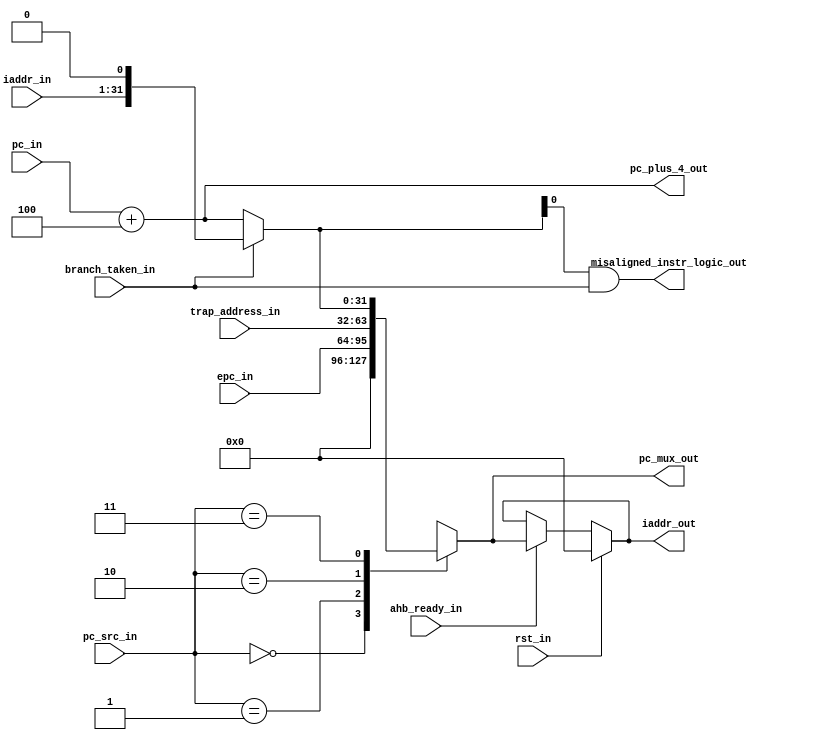
`timescale 1ns / 1ps
//////////////////////////////////////////////////////////////////////////////////
// Company: 
// Engineer: 
// 
// Design Name: 
// Module Name: msrv32_pc
// Project Name: 
// Target Devices: 
// Tool Versions: 
// Description: 
// 
// Dependencies: 
// 
// Revision:
// Revision 0.01 - File Created
// Additional Comments:
// 
//////////////////////////////////////////////////////////////////////////////////


module msrv32_pc(rst_in, pc_src_in, epc_in, trap_address_in,branch_taken_in,iaddr_in, ahb_ready_in,pc_in,iaddr_out,pc_plus_4_out,misaligned_instr_logic_out,pc_mux_out);
input rst_in;
input [1:0] pc_src_in;
input [31:0] epc_in;
input [31:0] trap_address_in;
input branch_taken_in;
input [30:0] iaddr_in;
input ahb_ready_in;
input [31:0] pc_in;


output [31:0] iaddr_out;
output [31:0] pc_plus_4_out;
output misaligned_instr_logic_out;
output reg [31:0] pc_mux_out;
//wire iaddr_in_concat;
reg [31:0] next_pc;
wire [31:0] muxtomux;
reg [31:0] boot_address;
//assign iaddr_in_concat = {iaddr_in[30:0],1'b0};
assign pc_plus_4_out = pc_in[31:0] +4;
//next_pc = branch_taken_in ? iaddr_in_concat : pc_plus_4_out;
always @(*)
begin
    next_pc = branch_taken_in ? {iaddr_in[30:0],1'b0} : pc_plus_4_out;
    boot_address = 32'h00000000;
    case(pc_src_in)
        2'b00 : pc_mux_out <= boot_address;
        2'b01: pc_mux_out <= epc_in;
        2'b10 : pc_mux_out <= trap_address_in;
        2'b11 : pc_mux_out <= next_pc;
        default :pc_mux_out = 1'b0;
    endcase
end
//assign pc_mux_out =(pc_src_in==2'b00) ?boot_address:
//    (pc_src_in==2'b01)? epc_in:
//   (pc_src_in==2'b10)? trap_address_in: next_pc;
assign muxtomux = (ahb_ready_in)? pc_mux_out :iaddr_out;
assign iaddr_out = (rst_in)? boot_address:muxtomux;

assign misaligned_instr_logic_out = next_pc[0] & branch_taken_in;
endmodule